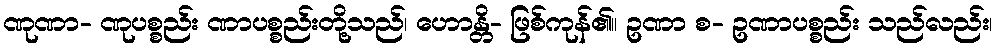
ဏုဏာ- ဏုပစ္စည်း ဏာပစ္စည်းတို့သည်၊ ဟောန္တိ- ဖြစ်ကုန်၏။ ဥဏာ စ- ဥဏာပစ္စည်း သည်လည်း၊